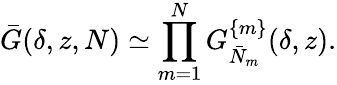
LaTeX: \bar{G}(\delta,z,N)\simeq\prod_{m=1}^{N}G_{\bar{N}_{m}}^{\{ m\} }(\delta,z).